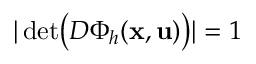
| \operatorname* { d e t } \bigl ( D \Phi _ { h } ( \mathbf { x } , \mathbf { u } ) \bigr ) | = 1